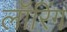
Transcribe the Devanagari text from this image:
लॉरिंग